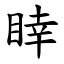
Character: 䁄